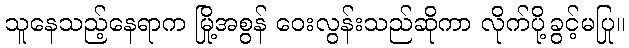
သူနေသည့်နေရာက မြို့အစွန် ဝေးလွန်းသည်ဆိုကာ လိုက်ပို့ခွင့်မပြု။